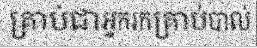
គ្រាប់ជាអ្នករកគ្រាប់បាល់